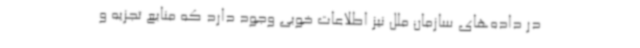
در داده‌های سازمان ملل نیز اطلاعات خوبی وجود دارد که منابع تجزیه و